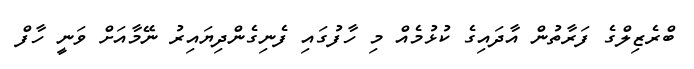
ބްރެޒިލްގެ ފަރާތުން އާދައިގެ ކުޅުމެއް މި ހާފުގައި ފެނިގެންދިޔައިރު ނޭމާއަށް ވަނީ ހާފް